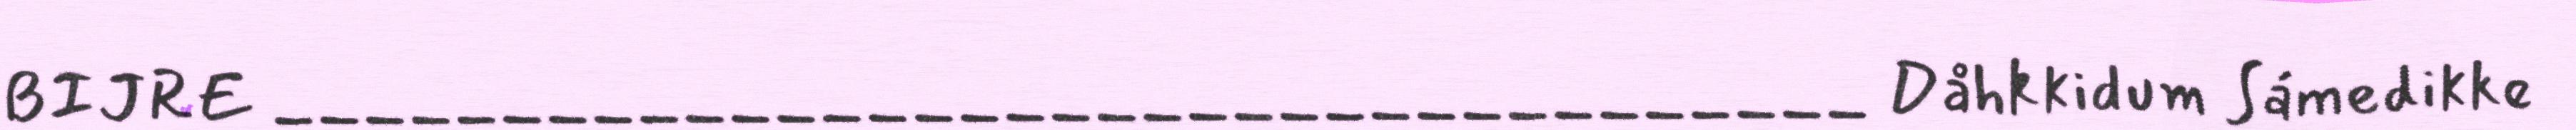
BIJRE ___________________________________ Dåhkkidum Sámedikke